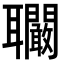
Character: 𦘑